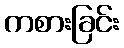
ကစားခြင်း